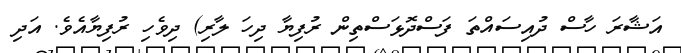
އަޝާރަ ހާސް ދުއިސައްތަ ފަސްދޮޅަސްތިން ރުފިޔާ ދިހަ ލާރި) ދިވެހި ރުފިޔާއެވެ. އަދި